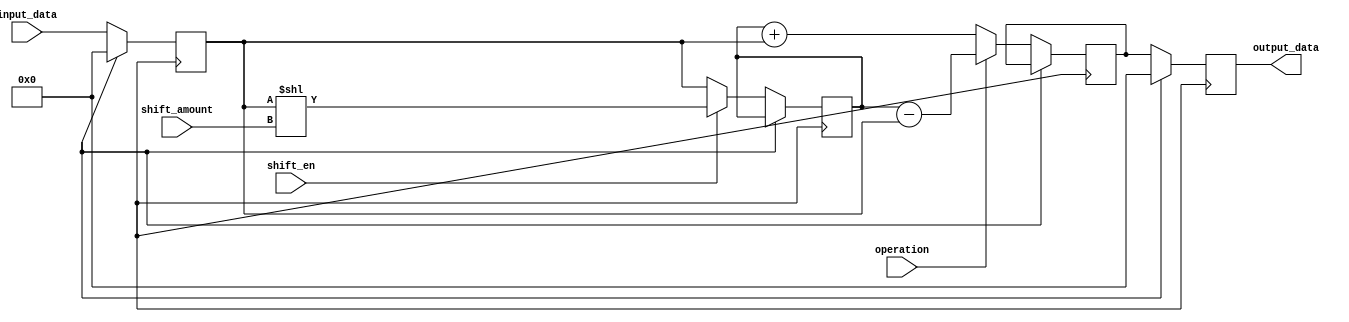
module FixedPointShiftRegister (
    input [15:0] input_data,
    input [3:0] shift_amount,
    input shift_en,
    input operation, // 0 for addition, 1 for subtraction
    output reg [15:0] output_data
);

reg [15:0] data_register;
reg [15:0] shifted_data;
reg [15:0] temp_data;

always @ (posedge clk) begin
    if (reset) begin
        data_register <= 16'b0;
        output_data <= 16'b0;
    end else begin
        data_register <= input_data;
        
        if (shift_en) begin
            shifted_data <= data_register << shift_amount;
        end else begin
            shifted_data <= data_register;
        end
        
        if (operation) begin
            temp_data <= shifted_data - data_register;
        end else begin
            temp_data <= shifted_data + data_register;
        end
        
        output_data <= temp_data;
    end
end

endmodule